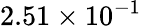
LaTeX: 2.51\times 10^{-1}